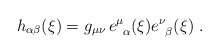
\begin{align*}h_{\alpha\beta} (\xi) = g_{\mu\nu} \, e^\mu_{\;\; \alpha} (\xi) e^\nu_{\;\; \beta} (\xi) \; .\end{align*}